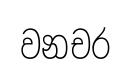
වනචර